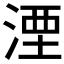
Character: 湮